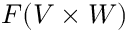
F ( V \times W )